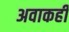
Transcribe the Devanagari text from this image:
अवाकही